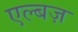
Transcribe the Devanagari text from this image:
एल्बज़